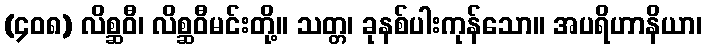
(၄၀၈) လိစ္ဆဝီ၊ လိစ္ဆဝီမင်းတို့။ သတ္တ၊ ခုနစ်ပါးကုန်သော။ အပရိဟာနိယာ၊